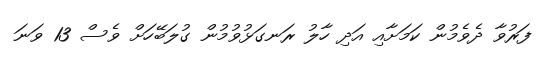
ފަރުވާ ދެވެމުން ކަމަށާއި އަދި ހާލު ރަނގަޅުވުމުން ގުލަބޭހަށް ވެސް 13 ވަނަ